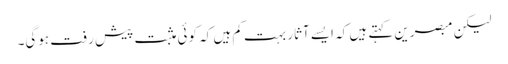
لیکن مبصرین کہتے ہیں کہ ایسے آثار بہت کم ہیں کہ کوئی مثبت پیش رفت ہوگی۔